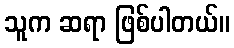
သူက ဆရာ ဖြစ်ပါတယ်။